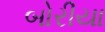
બોરીયા